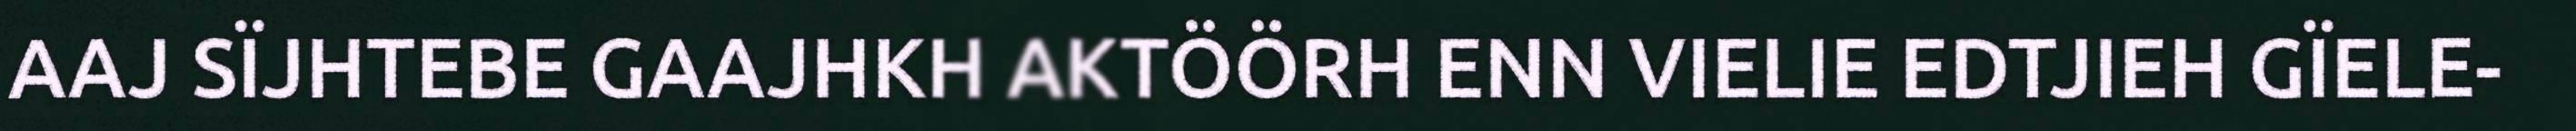
AAJ SÏJHTEBE GAAJHKH AKTÖÖRH ENN VIELIE EDTJIEH GÏELE-